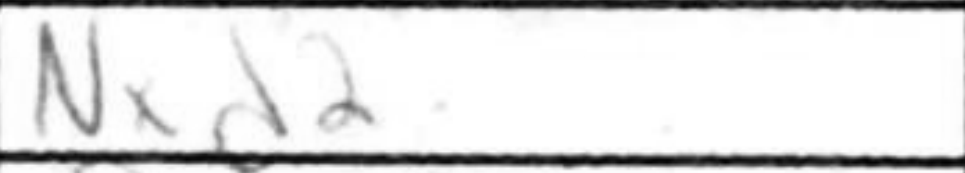
Transcription: Nxd2